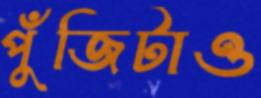
পুঁজিটাও